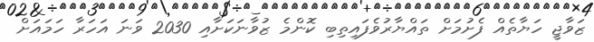
ޒަވާޖީ ހަޔާތެއް ފެށުމަށް ތައްޔާރުވެފައިތިބި ކޮންމެ ޒުވާނަކަށާއި 2030 ވަނަ އަހަރާ ހަމައަށް